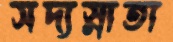
সদ্যস্নাতা